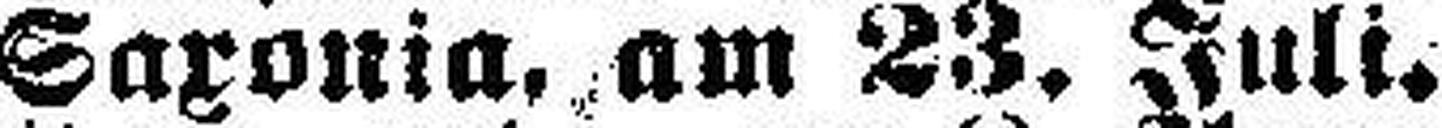
Saxonia, am 23. Juli.